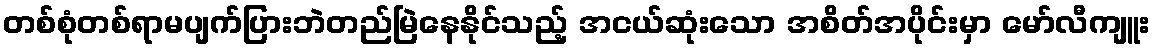
တစ်စုံတစ်ရာမပျက်ပြားဘဲတည်မြဲနေနိုင်သည့် အငယ်ဆုံးသော အစိတ်အပိုင်းမှာ မော်လီကျူး